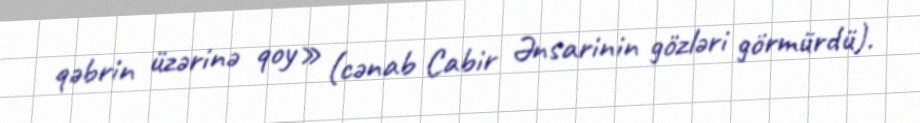
qəbrin üzərinə qoy» (cənab Cabir Ənsarinin gözləri görmürdü).